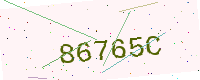
Text: 86765C